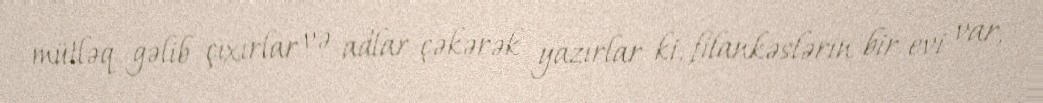
mütləq gəlib çıxırlar və adlar çəkərək yazırlar ki, filankəslərin bir evi var,